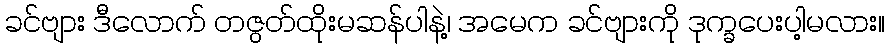
ခင်ဗျား ဒီလောက် တဇွတ်ထိုးမဆန်ပါနဲ့၊ အမေက ခင်ဗျားကို ဒုက္ခပေးပါ့မလား။